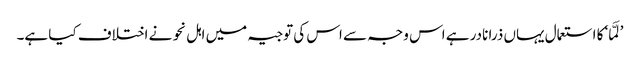
’لَمَّا‘ کا استعمال یہاں ذرا نادر ہے اس وجہ سے اس کی توجیہ میں اہل نحو نے اختلاف کیا ہے۔